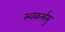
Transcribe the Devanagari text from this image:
स्वकर्मसु